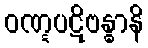
ဝဏ္ဋပဋိဗန္ဓာနိ